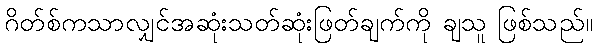
ဂိတ်စ်ကသာလျှင်အဆုံးသတ်ဆုံးဖြတ်ချက်ကို ချသူ ဖြစ်သည်။